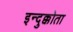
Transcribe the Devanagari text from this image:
इन्दुक्कोता